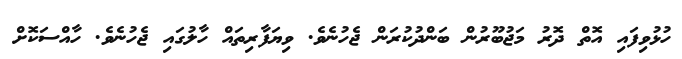
ހުޅުވިފައި އޮތް ދޮރު މަޖުބޫރުން ބަންދުކުރަން ޖެހުނެވެ. ވިޔަފާރިތައް ހާލުގައި ޖެހުނެވެ. ހާއްސަކޮށް